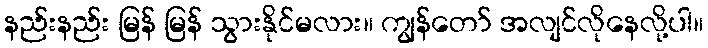
နည်းနည်း မြန် မြန် သွားနိုင်မလား။ ကျွန်တော် အလျင်လိုနေလို့ပါ။